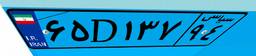
۰۹D۰۷۲۳۹